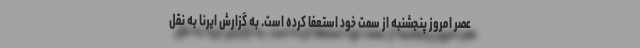
عصر امروز پنجشنبه از سمت خود استعفا کرده است. به گزارش ایرنا به نقل